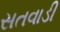
સતવાડી